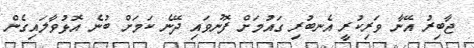
ޖާބިރު އޭނާ ވަަރިކުރީ އެނބުރި ގައުމަށް ފޮނުވައި ދޭނެ ކަމަށް ބުނެ އޮޅުވާލައިގެން